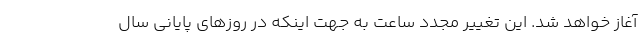
آغاز خواهد شد. این تغییر مجدد ساعت به جهت اینکه در روزهای پایانی سال